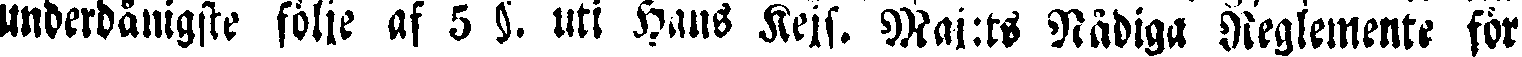
underdånigste följe af 5 §. uti Hans Kejs. Maj:ts Rådiga Reglemente för